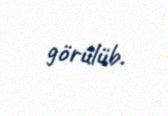
görülüb.